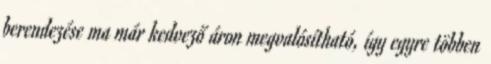
berendezése ma már kedvező áron megvalósítható, így egyre többen